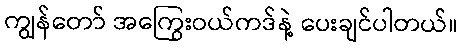
ကျွန်တော် အကြွေးဝယ်ကဒ်နဲ့ ပေးချင်ပါတယ်။